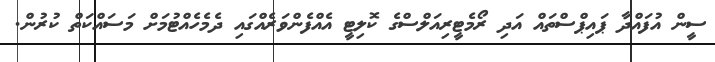
ސީން އުފައްދާ ޕައިޕްސްތައް އަދި ރޯމެޓީރިއަލްސްގެ ކޮލިޓީ އެއްފެންވަރެއްގައި ދެމެހެއްޓުމަށް މަސައްކަތް ކުރުން.